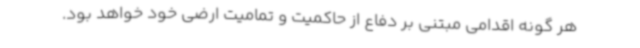
هر گونه اقدامی مبتنی بر دفاع از حاکمیت و تمامیت ارضی خود خواهد بود.